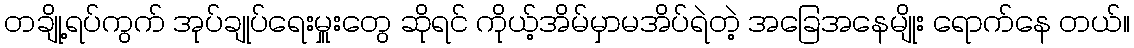
တချို့ရပ်ကွက် အုပ်ချုပ်ရေးမှူးတွေ ဆိုရင် ကိုယ့်အိမ်မှာမအိပ်ရဲတဲ့ အခြေအနေမျိုး ရောက်နေ တယ်။